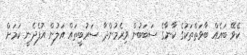
ކެވޭ ބައެއް ބާވަތްތަކުގެ ކާނާގެ ސަބަބުން ވިރެމުންދާ ސަރުބީތައް އަލުން އުފެދެނީ ކަމަށް